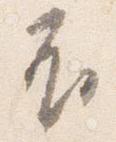
不